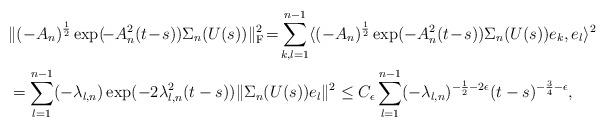
LaTeX: \begin{align*}&\|(-A_n)^{\frac{1}{2}}\exp(\!-A_n^2(t\!-\!s))\Sigma_n(U(s))\|^2_{\mathrm F}\!=\!\sum_{k,l=1}^{n-1}\langle(-A_n)^{\frac{1}{2}}\exp(-A_n^2(t\!-\!s))\Sigma_n(U(s))e_k,e_l\rangle^2\\&=\sum_{l=1}^{n-1}(-\lambda_{l,n})\exp(-2\lambda^2_{l,n}(t-s))\|\Sigma_n(U(s))e_l\|^2\le C_\epsilon\sum_{l=1}^{n-1}(-\lambda_{l,n})^{-\frac{1}{2}-2\epsilon}(t-s)^{-\frac{3}{4}-\epsilon},\end{align*}